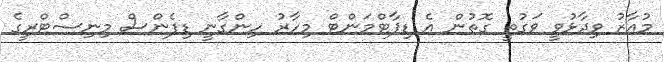
މުއާޒު ވިދާޅުވީ ވަގުތީ ގޮތުން އެ ޑިޕާޓްމަންޓް މިހާރު ހިންގާނީ ޑިފެންސް މިނިސްޓްރީގެ